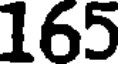
165